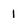
Character: 1